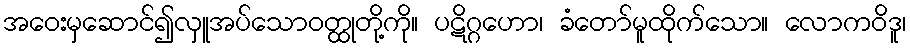
အဝေးမှဆောင်၍လှူအပ်သောဝတ္ထုတို့ကို။ ပဋိဂ္ဂဟော၊ ခံတော်မူထိုက်သော။ လောကဝိဒူ၊